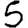
Digit: 5